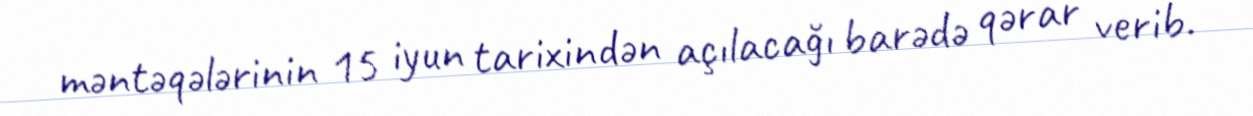
məntəqələrinin 15 iyun tarixindən açılacağı barədə qərar verib.